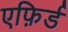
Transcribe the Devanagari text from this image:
एफ़िर्ड